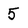
Character: 5